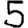
Digit: 5